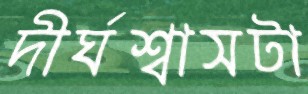
দীর্ঘশ্বাসটা